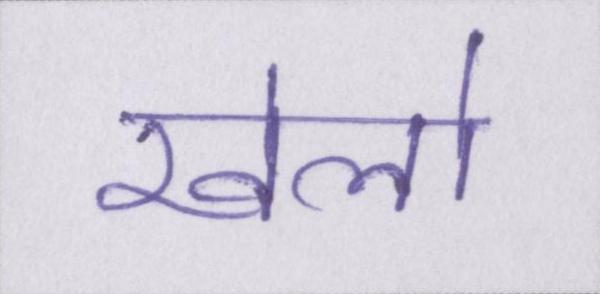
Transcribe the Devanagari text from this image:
खेलो